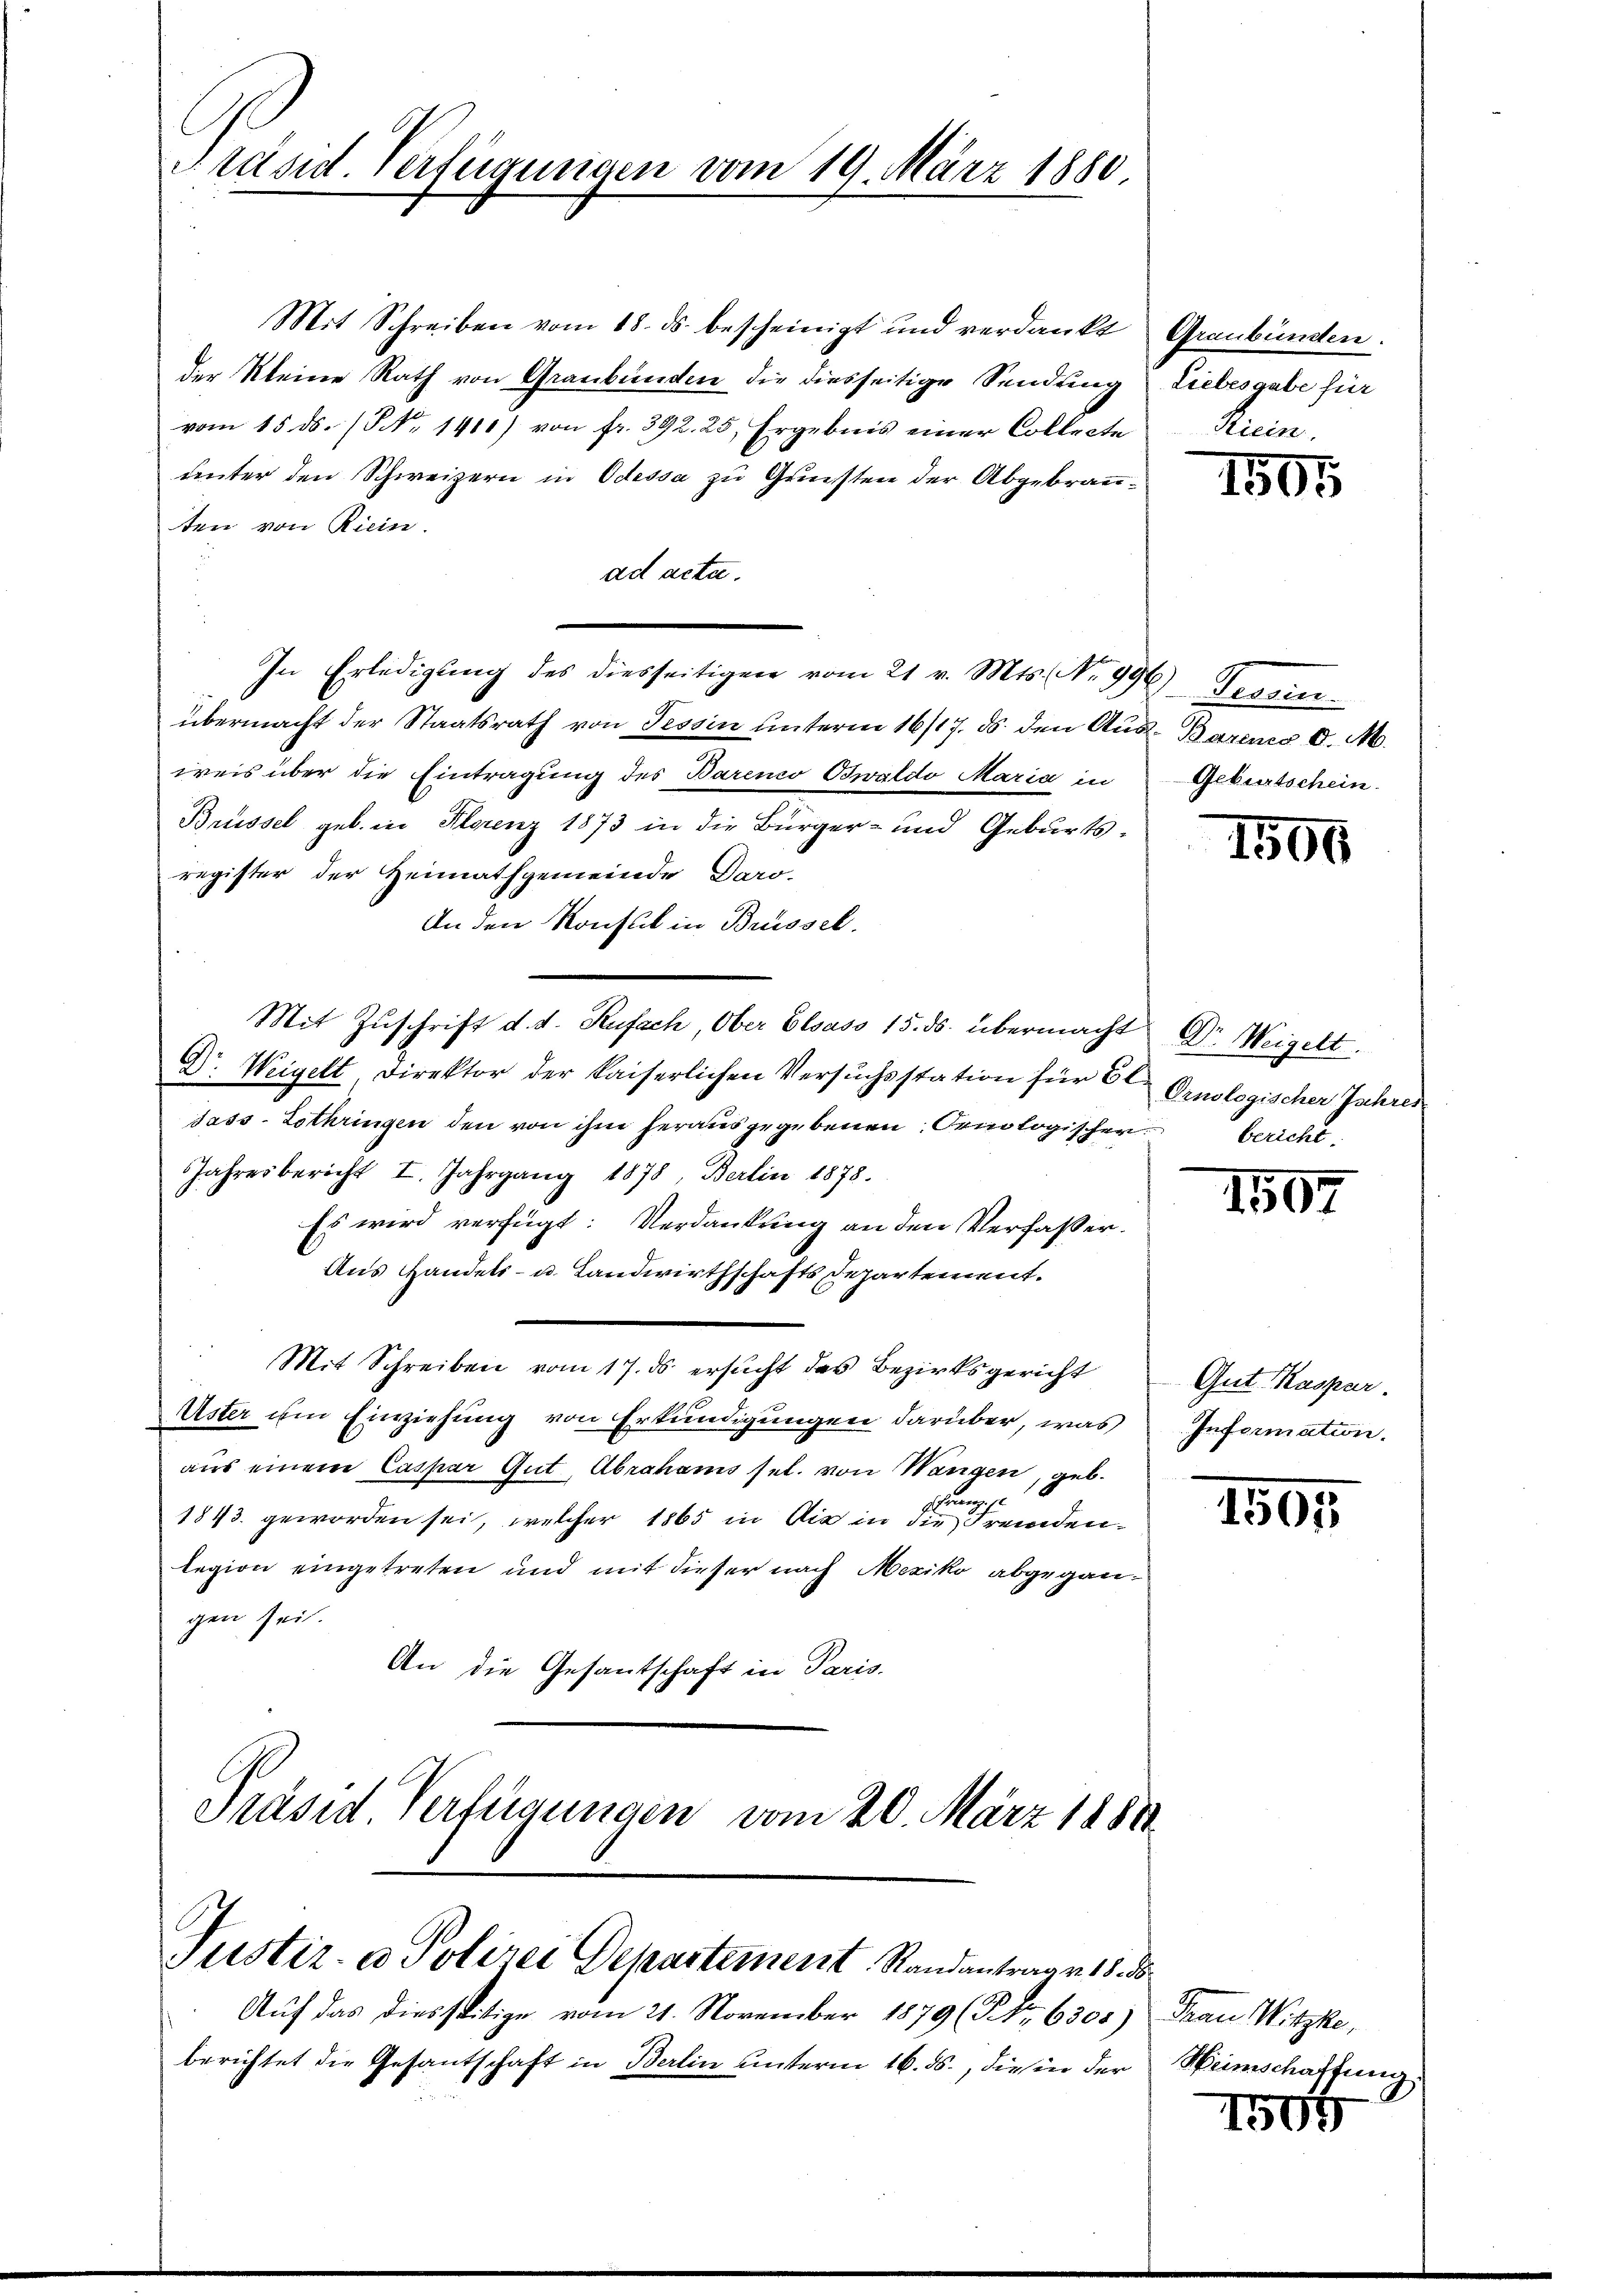
Präses Verfügungen vom 19. März 1880.

Justiz- & Polizei Departement Randantrage 18. ds.
Auf das diesseitige vom 21. November 1879 (§ No 6305)

Mit Schreiben vom 18. ds. bescheinigt und verdankt
der Kleine Rath von Graubünden die diesseitige Sendung
vom 15. ds. (S. 1400) von fr. 392. 25, Ergebnis einer Collecte
unter den Schweizern in Odessa zu Grünsten der Abgebrauten von Riein.
ad acta.
In Erledigung des diesseitigen vom 21. v. Mts. No 996
übermacht der Staatsrath von Tessin unterm 16/17. ds. den Aus Barens d. M.
weis über die Eintragung des Bareno Oswaldo Maria in
Brüssel geb. in Florenz 1873 in die Bürger- und Geburtsregister der Heimathgemeinde Daro-
An den Konflik in Brüssel.
Mit Zŭschrift d. d. Rufach, Ober Elsass 15. ds. übermacht Dr. Weigelt.
Dr. Weigelt Direktor der kaiserlichen Versuchsstation für El
Jass-Lothringen den von ihm herausgegebenen Ormologischer bericht
Jahresbericht I. Jahrgang 1878, Berlin 1878.
Es wird verfügt: Verdankung an den Verfasser.
Aus Handels- u. Landwirthschafts Departement.
Mit Schreiben vom 17. ds ersucht das Bezirksgericht
Uster im Einziehung von Erkundigungen darüber, was
aus einem Caspar Gut Abrahams sel. von Wangen, geb.
1843 geworden sei, welcher 1865 in die in die Fremdenlegion eingetreten und mit dieser nach Mexiko abgegangen sei.
An die Gesantschaft in Paris.
Präsid Verfernungen vom 20. März 1888.

berichtet die Gesantschaft in Berlin unterm 16. ds., diesen der

Graubünden.
Liebesgabe für
Kiein

Gemein
Geburtschein.

Ornologischer Jahres

1505

1505

1557

Gut Kaspar
Infermation.

1595

Frau Witzke,
Heimschaftung

1505